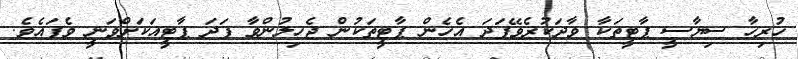
ހުރިހާ ސިޔާސީ ޕާޓީތަކާ ވާދަކުރެވޭފަދަ އެހެން ޕާޓީތަކުން ޖެހިލުންވާ ފަދަ ޕާޓީއަކަށްވަނީ ވެފައެވެ.